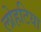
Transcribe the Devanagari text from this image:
लोहटिया